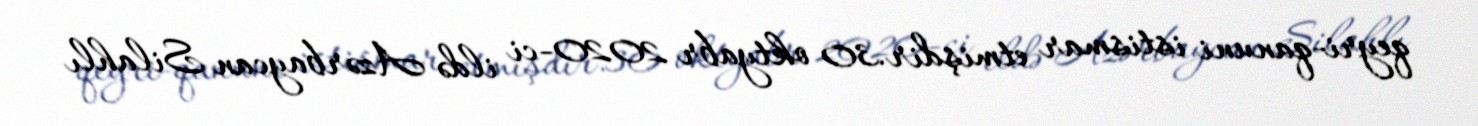
qeyri-qanuni istismar etmişdir.30 oktyabr 2020-ci ildə Azərbaycan Silahlı